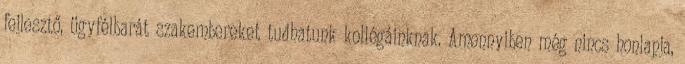
fejlesztő, ügyfélbarát szakembereket tudhatunk kollégáinknak. Amennyiben még nincs honlapja,